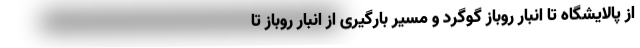
از پالایشگاه تا انبار روباز گوگرد و مسیر بارگیری از انبار روباز تا